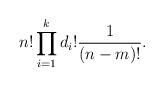
LaTeX: \begin{align*}n!\prod_{i=1}^kd_i!{1\over (n-m)!}.\end{align*}